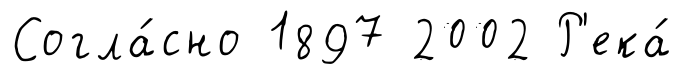
Согла́сно 1897 2002 Р'ека́